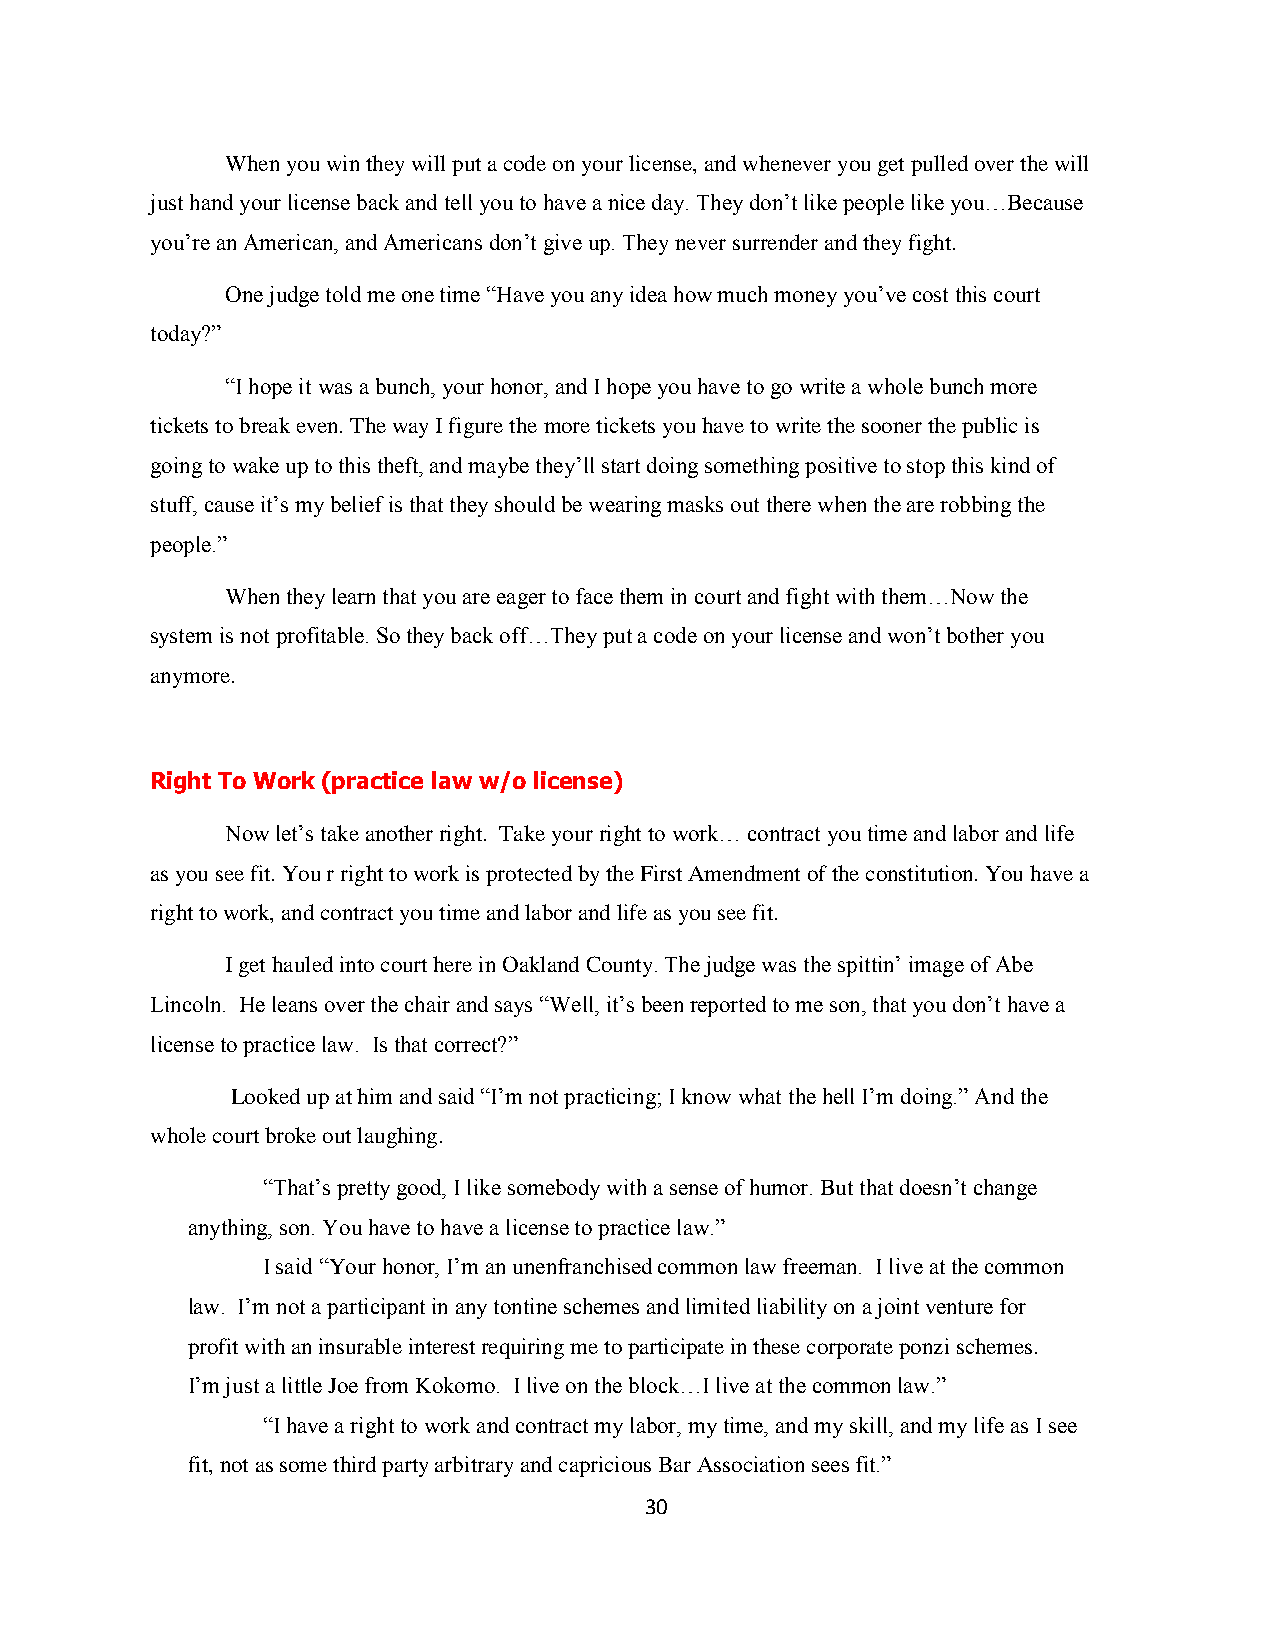
When you win they will put a code on your license, and whenever you get pulled over the will
 just hand your license back and tell you to have a nice day. They don‟t like people like you…Because
 you‟re an American, and Americans don‟t give up. They never surrender and they fight.
 One judge told me one time “Have you any idea how much money you‟ve cost this court
 today?”
 “I hope it was a bunch, your honor, and I hope you have to go write a whole bunch more
 tickets to break even. The way I figure the more tickets you have to write the sooner the public is
 going to wake up to this theft, and maybe they‟ll start doing something positive to stop this kind of
 stuff, cause it‟s my belief is that they should be wearing masks out there when the are robbing the
 people.”
 When they learn that you are eager to face them in court and fight with them…Now the
 system is not profitable. So they back off…They put a code on your license and won‟t bother you
 anymore.
 Right To Work (practice law w/o license)
 Now let‟s take another right. Take your right to work… contract you time and labor and life
 as you see fit. You r right to work is protected by the First Amendment of the constitution. You have a
 right to work, and contract you time and labor and life as you see fit.
 I get hauled into court here in Oakland County. The judge was the spittin‟ image of Abe
 Lincoln. He leans over the chair and says “Well, it‟s been reported to me son, that you don‟t have a
 license to practice law. Is that correct?”
 Looked up at him and said “I‟m not practicing; I know what the hell I‟m doing.” And the
 whole court broke out laughing.
 “That‟s pretty good, I like somebody with a sense of humor. But that doesn‟t change
 anything, son. You have to have a license to practice law.”
 I said “Your honor, I‟m an unenfranchised common law freeman. I live at the common
 law. I‟m not a participant in any tontine schemes and limited liability on a joint venture for
 profit with an insurable interest requiring me to participate in these corporate ponzi schemes.
 I‟m just a little Joe from Kokomo. I live on the block…I live at the common law.”
 “I have a right to work and contract my labor, my time, and my skill, and my life as I see
 fit, not as some third party arbitrary and capricious Bar Association sees fit.”
 30